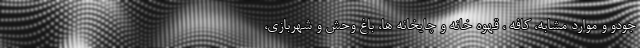
جودو و موارد مشابه، کافه ، قهوه خانه و چایخانه ها، باغ وحش و شهربازی،